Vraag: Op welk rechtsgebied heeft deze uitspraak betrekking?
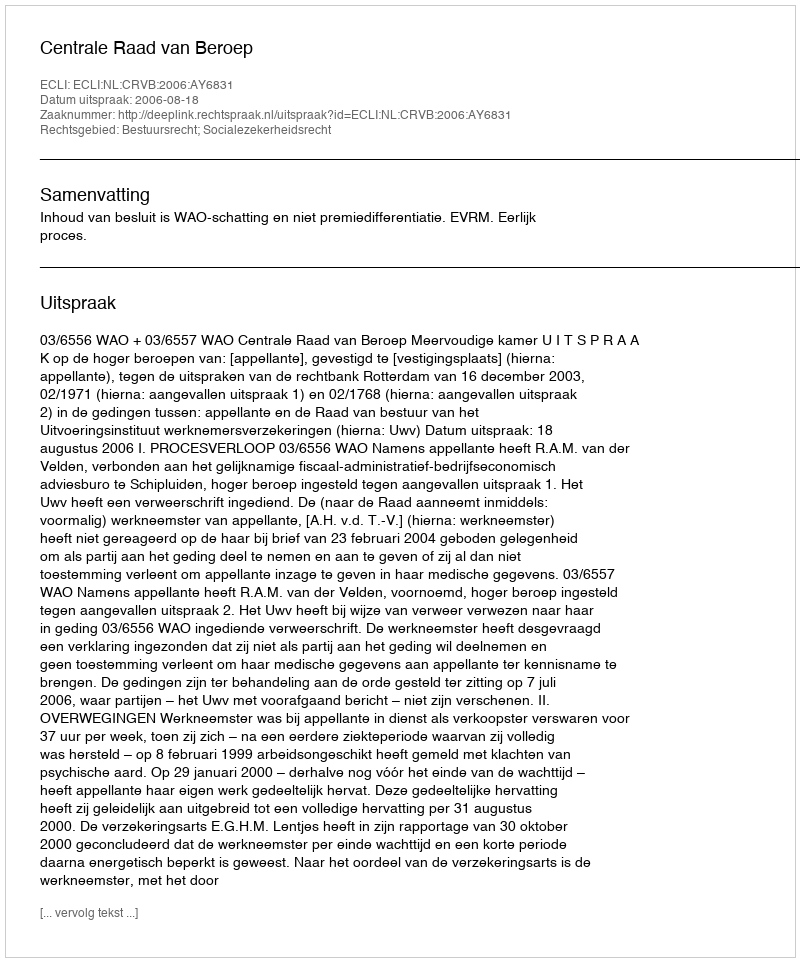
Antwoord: Bestuursrecht; Socialezekerheidsrecht